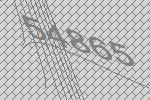
54865